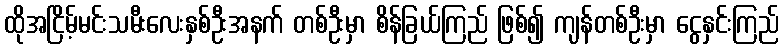
ထိုအငြိမ့်မင်းသမီးလေးနှစ်ဦးအနက် တစ်ဦးမှာ စိန်ခြယ်ကြည် ဖြစ်၍ ကျန်တစ်ဦးမှာ ငွေနှင်းကြည်